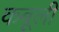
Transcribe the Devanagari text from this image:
कबूली